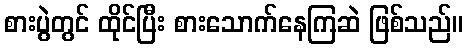
စားပွဲတွင် ထိုင်ပြီး စားသောက်နေကြဆဲ ဖြစ်သည်။